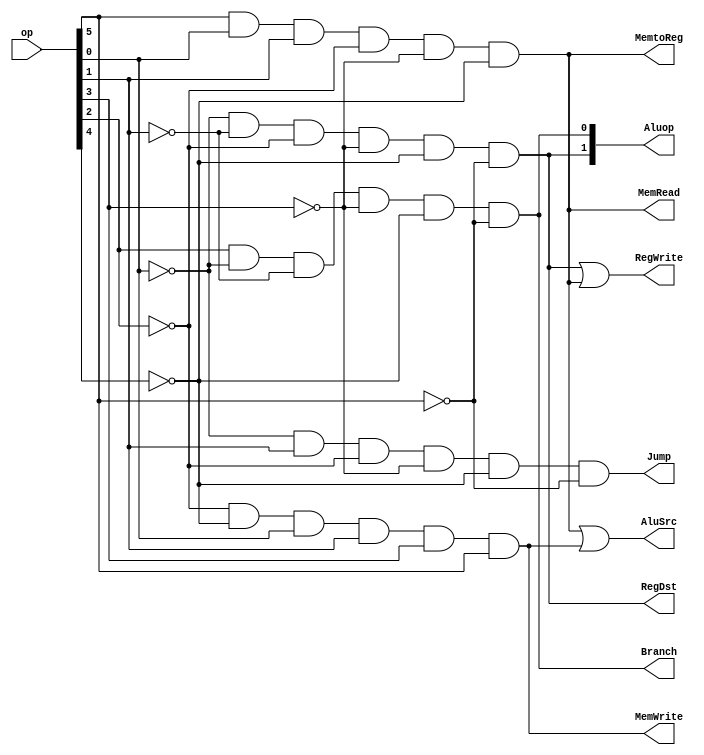
module mips_Main_Control(op,RegWrite,AluSrc,RegDst,MemtoReg,MemRead,MemWrite,Branch,Jump,Aluop);

input [5:0] op;
output RegWrite,RegDst,AluSrc,MemRead,MemWrite,MemtoReg,Branch,Jump;
output [1:0] Aluop;

wire R_type,lw,sw,beq,jump_signal;
wire opnot0,opnot1,opnot2,opnot3,opnot4,opnot5;

// not all of op
not(opnot0,op[0]);
not(opnot1,op[1]); //
not(opnot2,op[2]);
not(opnot3,op[3]);
not(opnot4,op[4]);
not(opnot5,op[5]);

and(R_type,opnot0,opnot1,opnot2,opnot3,opnot4,opnot5); // R_type
and(lw,op[5],op[0],op[1],opnot2,opnot3,opnot4);        // Lw
and(sw,opnot2,opnot4,op[0],op[1],op[3],op[5]);         // Sw
and(beq,op[2],opnot0,opnot1,opnot3,opnot4,opnot5);     // beq
and(jump_signal,opnot0 ,op[1],opnot2,opnot3,opnot4,opnot5); // jump

or(RegWrite,R_type,lw);    // RegWrite Signal
or(AluSrc,lw,sw);          // AluSrc Signal
assign RegDst = R_type;    // RegDst Signal
assign MemtoReg = lw;      // MemtoReg Signal
assign MemRead = lw;       // MemRead Signal
assign MemWrite = sw;      // MemWrite Signal
assign Branch = beq;       // Branch Signal
assign Aluop[1] = R_type;  // Aluop<1> Signal 
assign Aluop[0] = beq;     // Aluop<0> Signal
assign Jump = jump_signal; // Jump Signal

endmodule